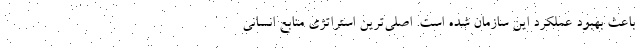
باعث بهبود عملکرد این سازمان شده است. اصلی‌ترین استراتژی منابع انسانی